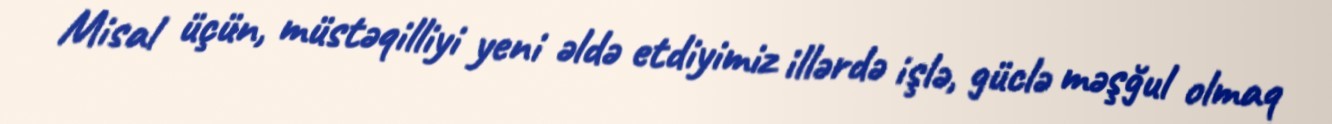
Misal üçün, müstəqilliyi yeni əldə etdiyimiz illərdə işlə, güclə məşğul olmaq